Vaccination Hyderabad 1872-1889 - 1872-1889
Year: 1872
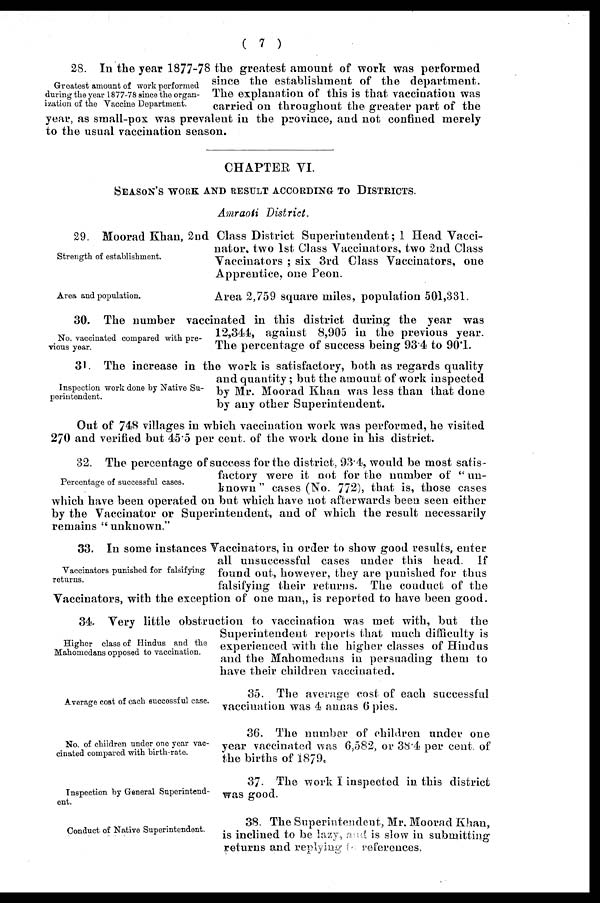
( 7 )
Greatest amount of work performed
during the year 1877-78 since the organ-
ization of the Vaccine Department.
28. In the year 1877-78 the greatest amount of work was performed
since the establishment of the department.
The explanation of this is that vaccination was
carried on throughout the greater part of the
year, as small-pox was prevalent in the province, and not confined merely
to the usual vaccination season.
CHAPTER VI.
SEASON'S WORK AND RESULT ACCORDING TO DISTRICTS.
Amraoti District.
Strength of establishment.
29. Moorad Khan, 2nd Class District Superintendent;1 Head Vacci-
nator, two 1st Class Vaccinators, two 2nd Class
Vaccinators ; six 3rd Class Vaccinators, one
Apprentice, one Peon.
Area and population.
Area 2,759 square miles, population 501,331.
No. vaccinated compared with pre-
vious year.
30. The number vaccinated in this district during the year was
12,344, against 8,905 in the previous year.
The percentage of success being 93.4 to 90.1.
Inspection work done by Native Su-
perintendent.
31. The increase in the work is satisfactory, both as regards quality
and quantity; but the amount of work inspected
by Mr. Moorad Khan was less than that done
by any other Superintendent.
Out of 748 villages in which vaccination work was performed, he visited
270 and verified but 45.5 per cent. of the work done in his district.
Percentage of successful cases.
32. The percentage of success for the district, 93.4, would be most satis-
factory were it not for the number of " un-
known" cases (No. 772), that is, those cases
which have been operated on but which have not afterwards been seen either
by the Vaccinator or Superintendent, and of which the result necessarily
remains " unknown."
Vaccinators punished for falsifying
returns.
33. In some instances Vaccinators, in order to show good results, enter
all unsuccessful cases under this head. If
found out, however, they are punished for thus
falsifying their returns. The conduct of the
Vaccinators, with the exception of one man, is reported to have been good.
Higher class of Hindus and the
Mahomedans opposed to vaccination.
34. Very little obstruction to vaccination was met with, but the
Superintendent reports that much difficulty is
experienced with the higher classes of Hindus
and the Mahomedans in persuading them to
have their children vaccinated.
Average cost of each successful case.
35. The average cost of each successful
vaccination was 4 annas 6 pies.
No. of children under one year vac-
cinated compared with birth-rate.
36. The number of children under one
year vaccinated was 6,582, or 38.4 per cent. of
the births of 1879.
Inspection by General Superintend-
ent.
37. The work I inspected in this district
was good.
Conduct of Native Superintendent.
38. The Superintendent, Mr. Moorad Khan,
is inclined to be lazy, and is slow in submitting
returns and replying to references.